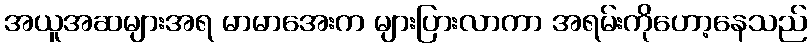
အယူအဆများအရ မာမာအေးက များပြားလာကာ အရမ်းကိုဟော့နေသည်